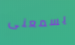
يسمعنى